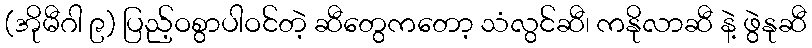
(အိုမီဂါ ၉) ပြည့်ဝစွာပါဝင်တဲ့ ဆီတွေကတော့ သံလွင်ဆီ၊ ကနိုလာဆီ နဲ့ ဖွဲနုဆီ